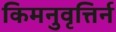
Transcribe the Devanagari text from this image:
किमनुवृत्तिर्न